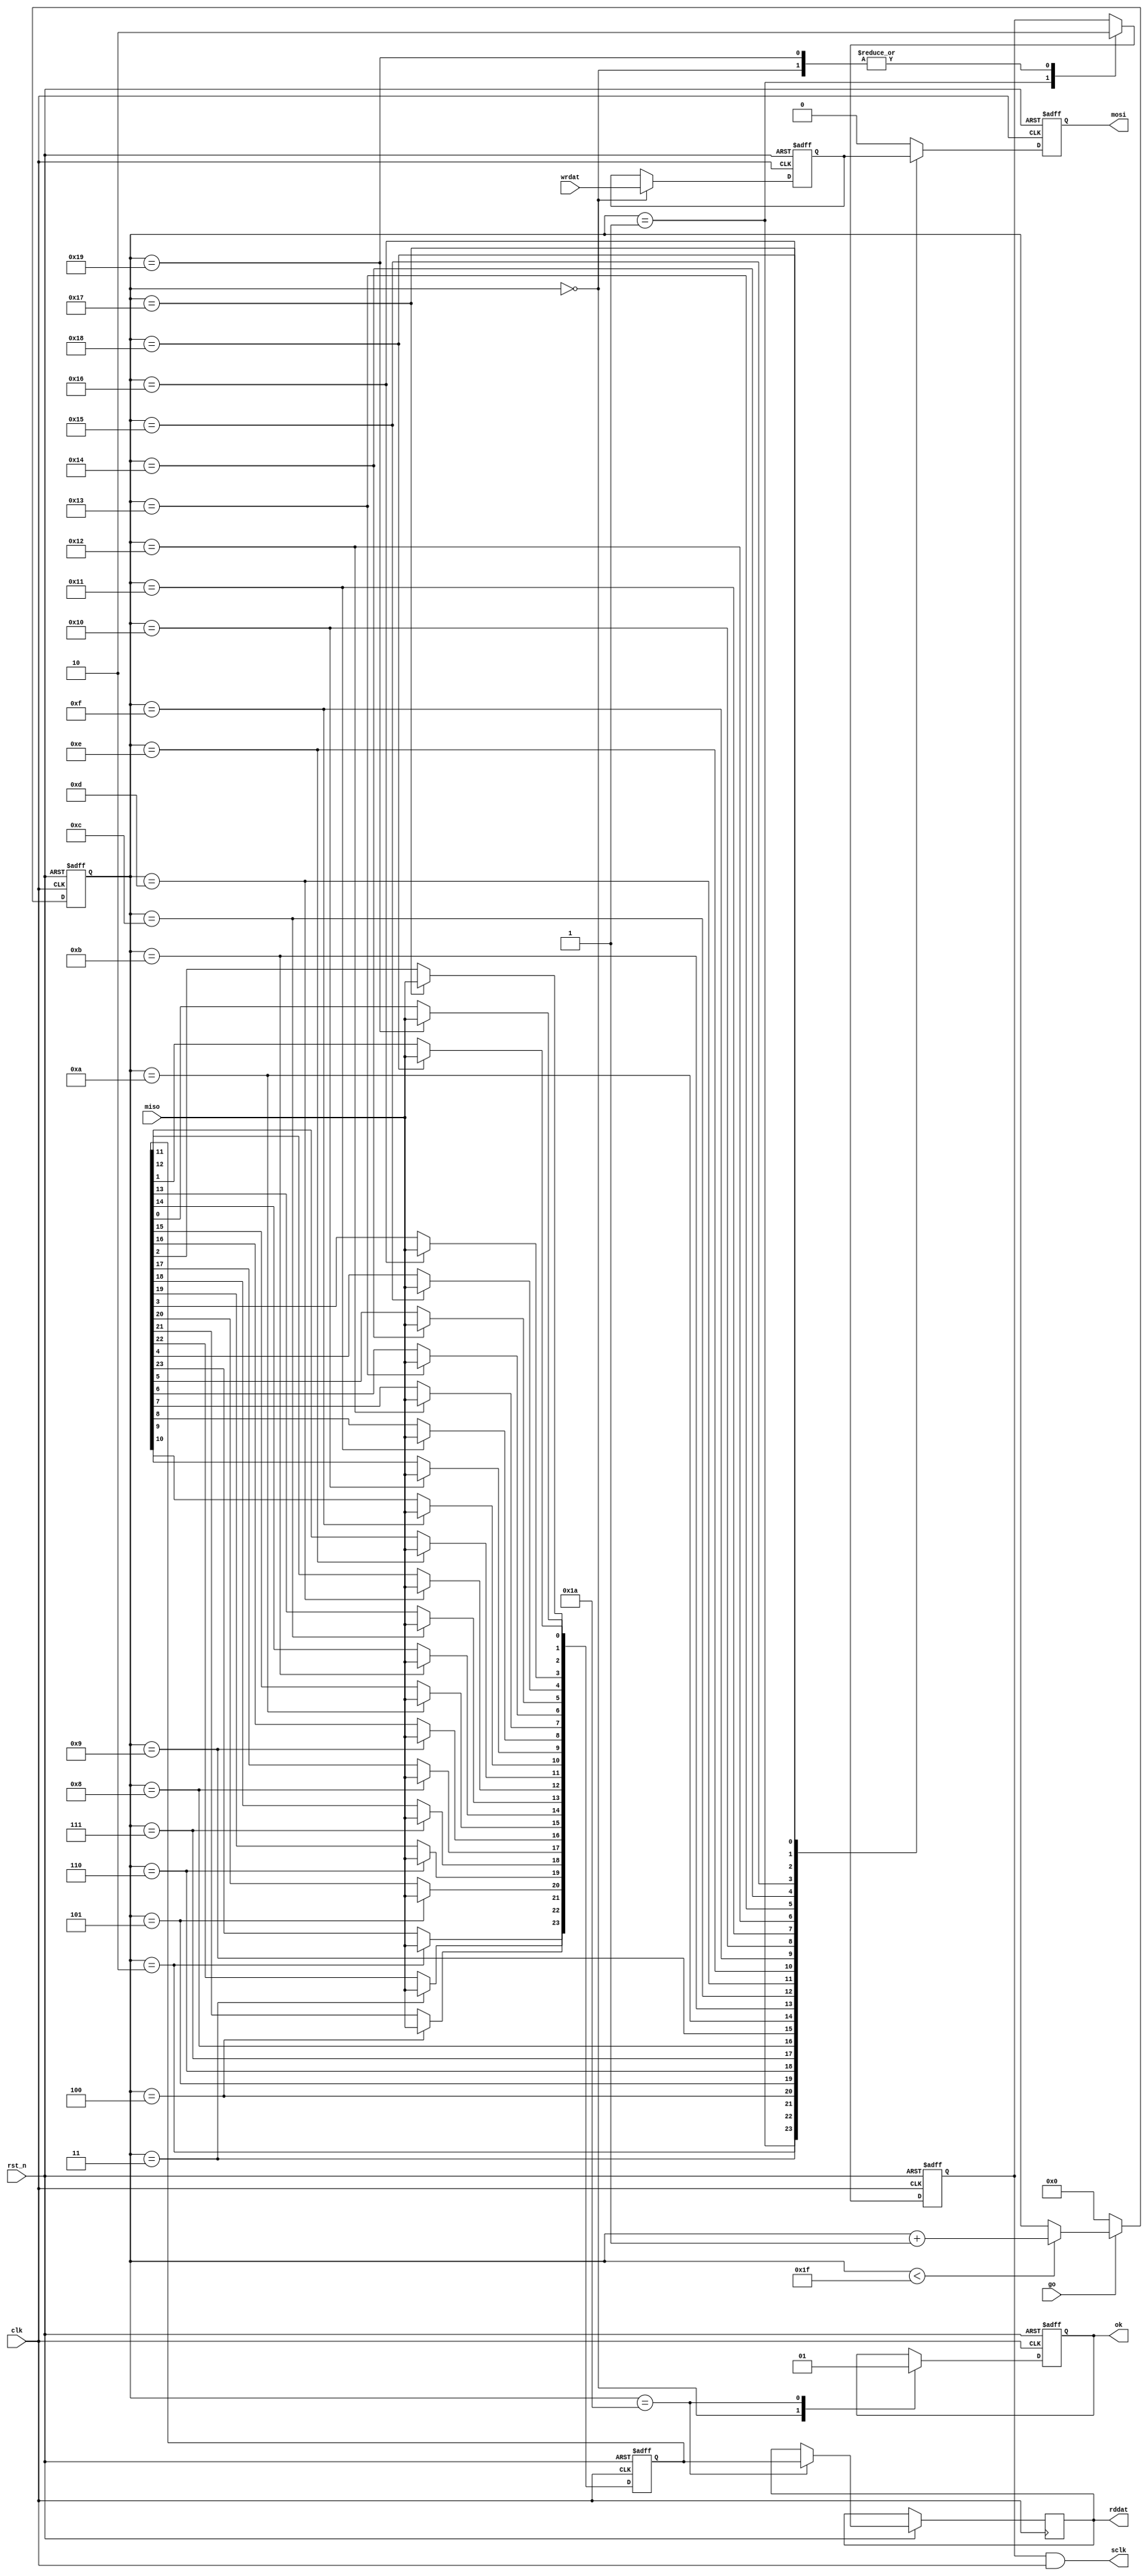
module ADS1256_SPI
(
input clk,rst_n,
input go,
input [23:0]wrdat,
output reg [23:0]rddat,
output reg ok,
output reg mosi,
output  sclk,
input miso
);

reg [4:0]i;

always @(posedge clk or negedge rst_n)
if(!rst_n)
i<=5'd0;
else if(!go)
i<=5'd0;
else if(i<5'd31)
i<=i+1'b1;

reg [23:0]r_wrdat;
always @(posedge clk or negedge rst_n)
if(!rst_n)begin
r_wrdat<=24'd0;
mosi<=1'b0;
end
else begin
case(i)
5'd0:begin r_wrdat<=wrdat;mosi<=1'b0;end
5'd1: mosi<=r_wrdat[23];
5'd2: mosi<=r_wrdat[22];
5'd3: mosi<=r_wrdat[21];
5'd4: mosi<=r_wrdat[20];
5'd5: mosi<=r_wrdat[19];
5'd6: mosi<=r_wrdat[18];
5'd7: mosi<=r_wrdat[17];
5'd8: mosi<=r_wrdat[16];
5'd9: mosi<=r_wrdat[15];
5'd10:mosi<=r_wrdat[14];
5'd11:mosi<=r_wrdat[13];
5'd12:mosi<=r_wrdat[12];
5'd13:mosi<=r_wrdat[11];
5'd14:mosi<=r_wrdat[10];
5'd15:mosi<=r_wrdat[9];
5'd16:mosi<=r_wrdat[8];
5'd17:mosi<=r_wrdat[7];
5'd18:mosi<=r_wrdat[6];
5'd19:mosi<=r_wrdat[5];
5'd20:mosi<=r_wrdat[4];	  
5'd21:mosi<=r_wrdat[3];	  
5'd22:mosi<=r_wrdat[2];	  
5'd23:mosi<=r_wrdat[1];
5'd24:mosi<=r_wrdat[0];
default:mosi<=1'b0;
endcase
end

reg  [23:0]r_rddat;
reg  cke;
always @(negedge clk or negedge rst_n)
if(!rst_n)begin
r_rddat<=24'd0;
cke<=1'b0;
ok<=1'b0;
end
	else begin
case(i)
5'd0:begin cke<=1'b0;ok<=1'b0;end
5'd1:cke<=1'b1;
5'd2: r_rddat[23]<=miso;
5'd3: r_rddat[22]<=miso;
5'd4: r_rddat[21]<=miso;
5'd5: r_rddat[20]<=miso;
5'd6: r_rddat[19]<=miso;
5'd7: r_rddat[18]<=miso;
5'd8: r_rddat[17]<=miso;
5'd9: r_rddat[16]<=miso;
5'd10:r_rddat[15]<=miso;
5'd11:r_rddat[14]<=miso;
5'd12:r_rddat[13]<=miso;
5'd13:r_rddat[12]<=miso;
5'd14:r_rddat[11]<=miso;
5'd15:r_rddat[10]<=miso;
5'd16:r_rddat[9]<=miso;
5'd17:r_rddat[8]<=miso;
5'd18:r_rddat[7]<=miso;
5'd19:r_rddat[6]<=miso;
5'd20:r_rddat[5]<=miso;
5'd21:r_rddat[4]<=miso;
5'd22:r_rddat[3]<=miso;
5'd23:r_rddat[2]<=miso;
5'd24:r_rddat[1]<=miso;
5'd25:begin r_rddat[0]<=miso; cke<=1'b0;end
5'd26:begin rddat<=r_rddat;ok<=1'b1;end
default:;
endcase
end 
assign sclk=cke&clk;

endmodule